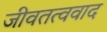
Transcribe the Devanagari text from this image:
जीवतत्ववाद